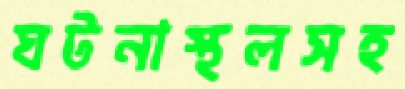
ঘটনাস্থলসহ